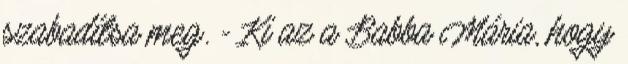
szabadítsa meg. - Ki az a Babba Mária, hogy